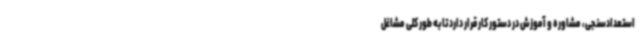
استعدادسنجی، مشاوره و آموزش در دستور کار قرار دارد تا به طور کلی مشاغل